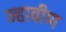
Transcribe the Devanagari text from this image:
न्हावीण